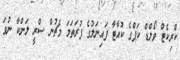
ކްރިކެޓް ވޯލްޑް ކަޕްގެ ކުއާޓާ ފައިނަލުގެ ފުރަތަމަ މެޗުން ސްރީ ލަންކާ ނުވަ